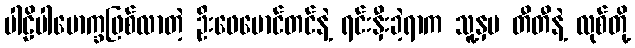
ပါဠိပါမောက္ခဖြစ်လာတဲ့ ဦးဖေမောင်တင်နဲ့ ရင်းနှီးခဲ့ရာက သူ့နှမ တီတီနဲ့ လုစ်တို့